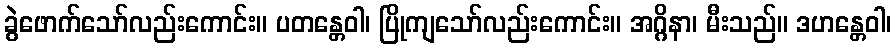
ခွဲဖောက်သော်လည်းကောင်း။ ပတန္တေဝါ၊ ပြိုကျသော်လည်းကောင်း။ အဂ္ဂိနာ၊ မီးသည်။ ဒဟန္တေဝါ၊